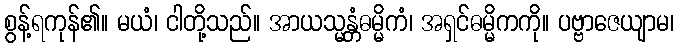
စွန့်ရကုန်၏။ မယံ၊ ငါတို့သည်။ အာယသ္မန္တံဓမ္မိကံ၊ အရှင်ဓမ္မိကကို။ ပဗ္ဗာဇေယျာမ၊